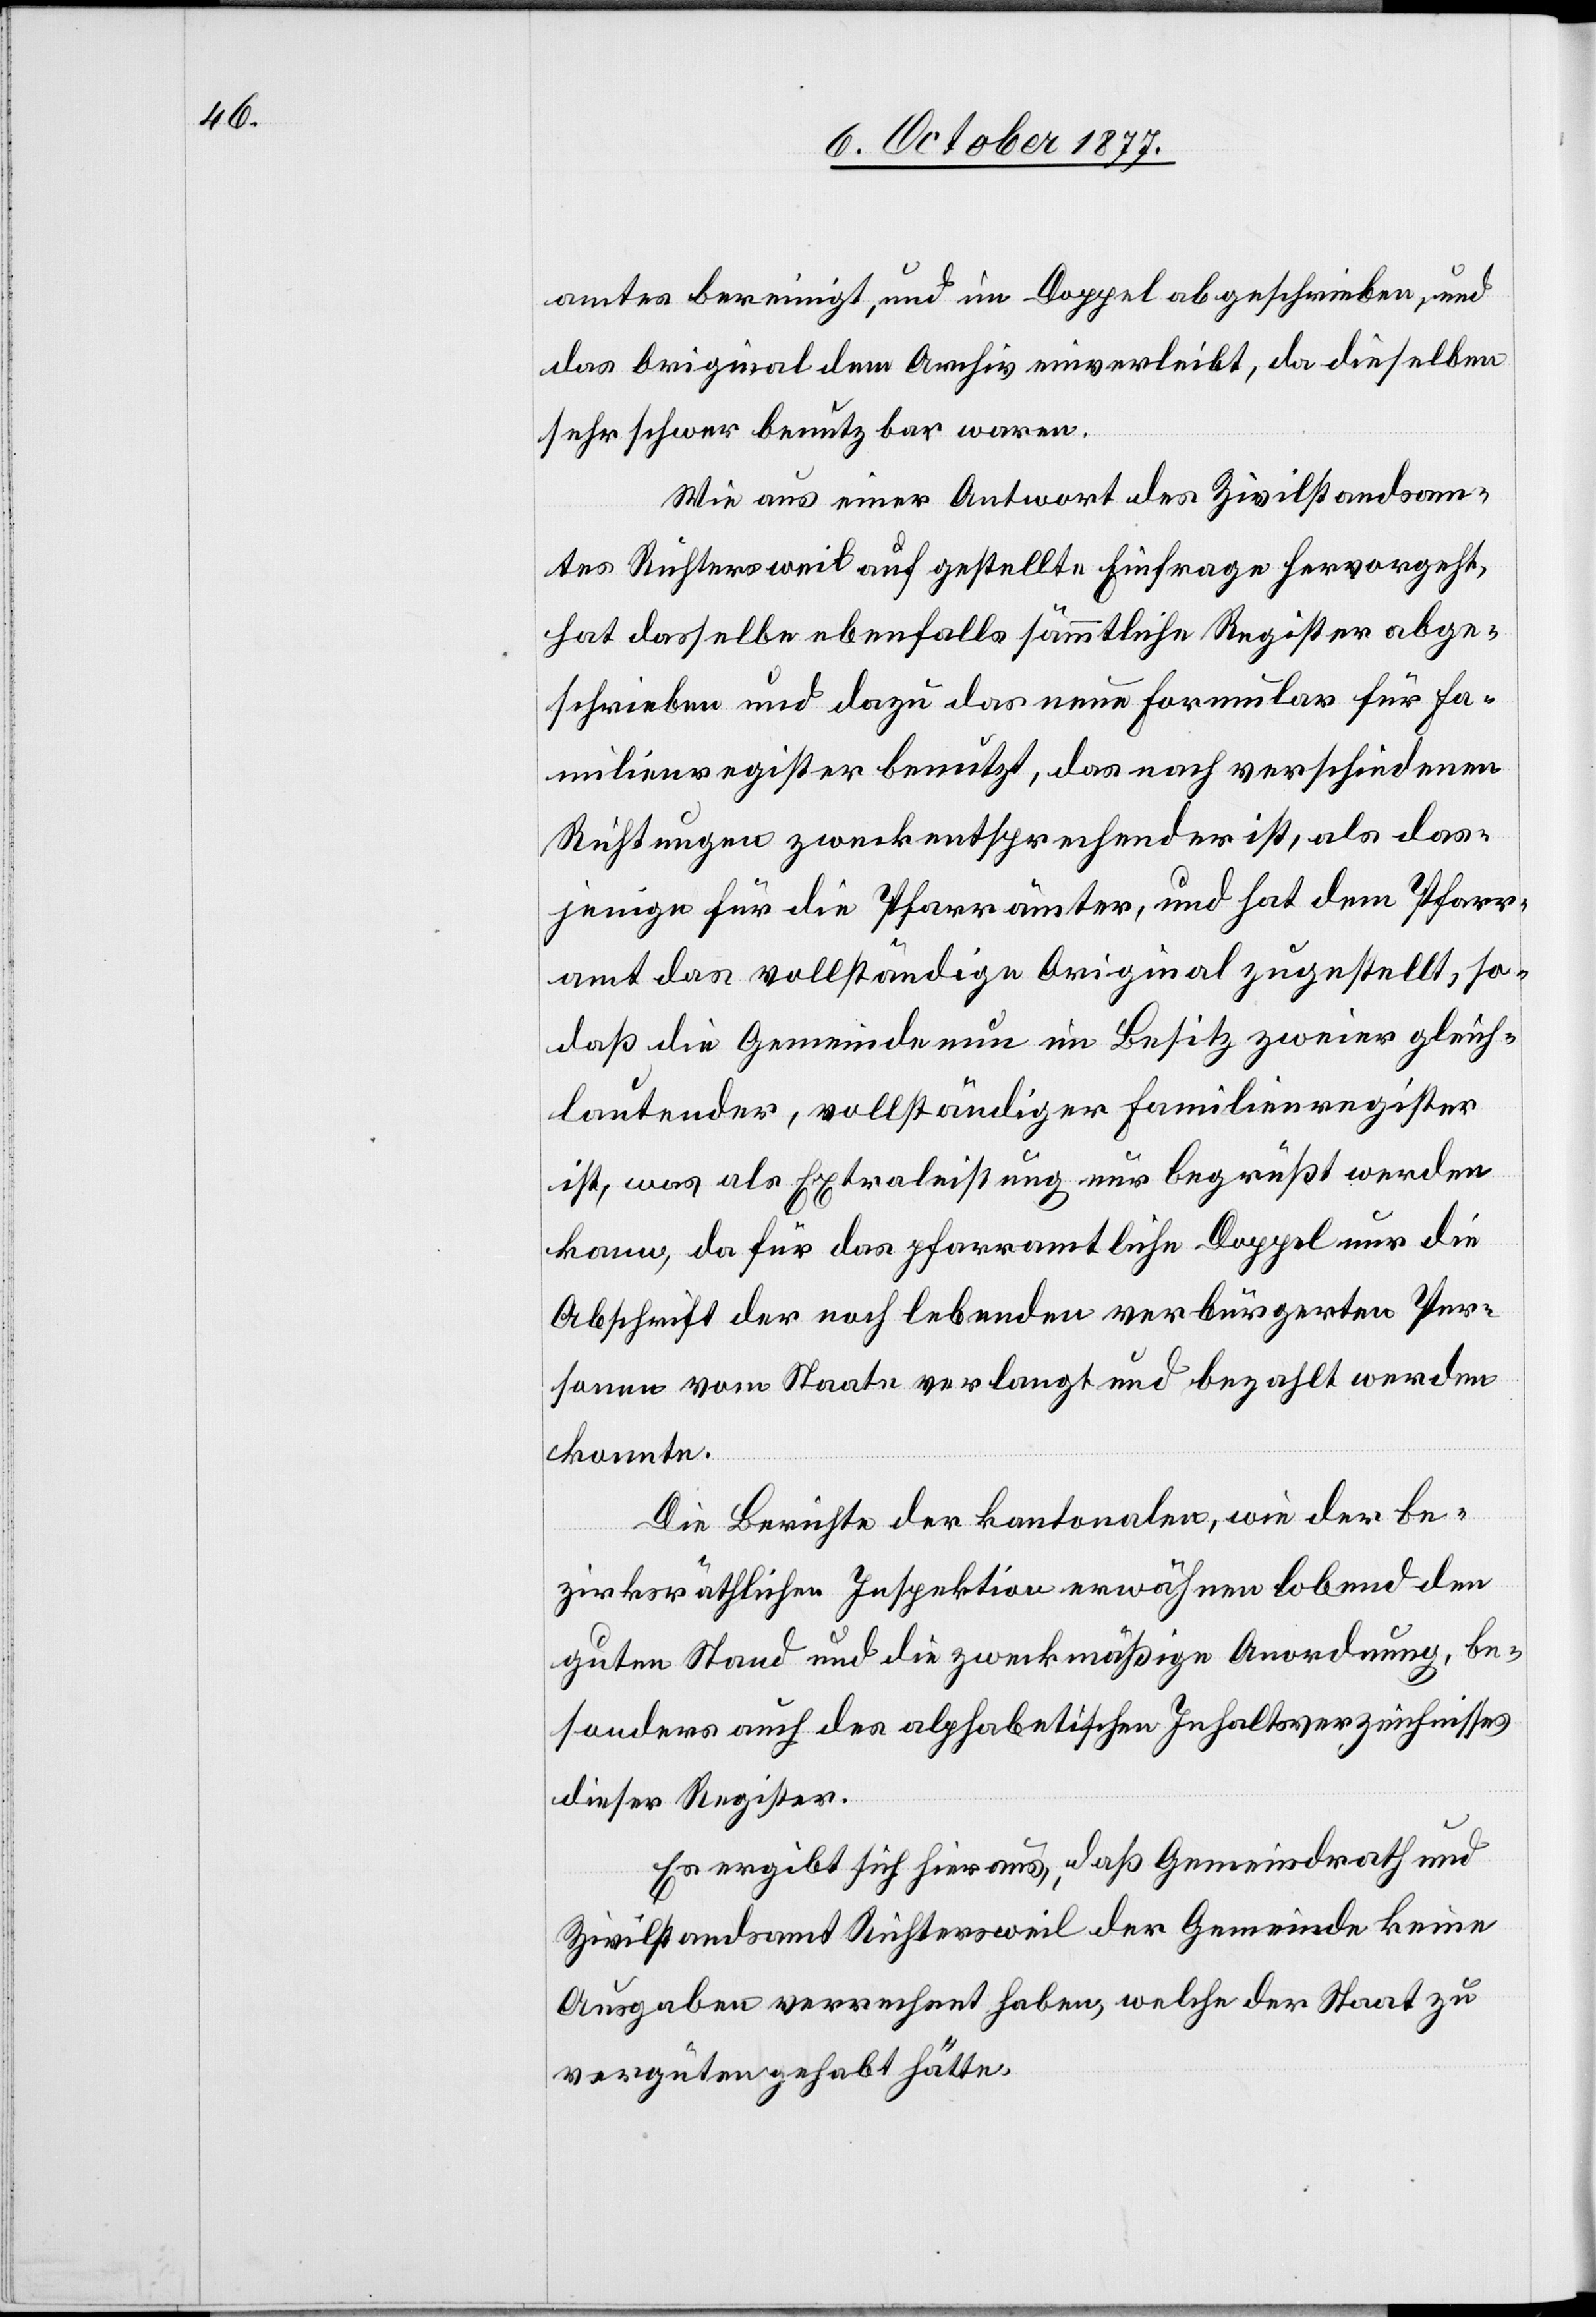
amtes bereinigt, und im Doppel abgeschrieben, und
das Original dem Archiv einverleibt, da dieselben
sehr schwer benutzbar waren.
Wie aus einer Antwort des Zivilstandsam¬
tes Richtersweil auf gestellte Einfrage hervorgeht,
hat dasselbe ebenfalls sämmtliche Register abge¬
schrieben und dazu das neue Formular für Fa¬
milienregister benutzt, das nach verschiedenen
Richtungen zweckentsprechender ist, als das¬
jenige für die Pfarrämter, und hat dem Pfarr¬
amt das vollständige Original zugestellt, so¬
daß die Gemeinde nun im Besitz zweier gleich¬
lautender, vollständiger Familienregister
ist, was als Extraleistung nur begrüßt werden
kann, da für das pfarramtliche Doppel nur die
Abschrift der noch lebenden verbürgerten Per¬
sonen vom Staate verlangt und bezahlt werden
konnte.
Die Berichte der kantonalen, wie der be¬
zirksräthlichen Inspektion erwähnen lobend den
guten Stand und die zweckmäßige Anordnung, be¬
sonders auch des alphabetischen Inhaltsverzeichnisses
dieser Register.
Es ergibt sich hieraus, daß Gemeindrath und
Zivilstandsamt Richtersweil der Gemeinde keine
Ausgaben verrechnet haben, welche der Staat zu
vergüten gehabt hätte.